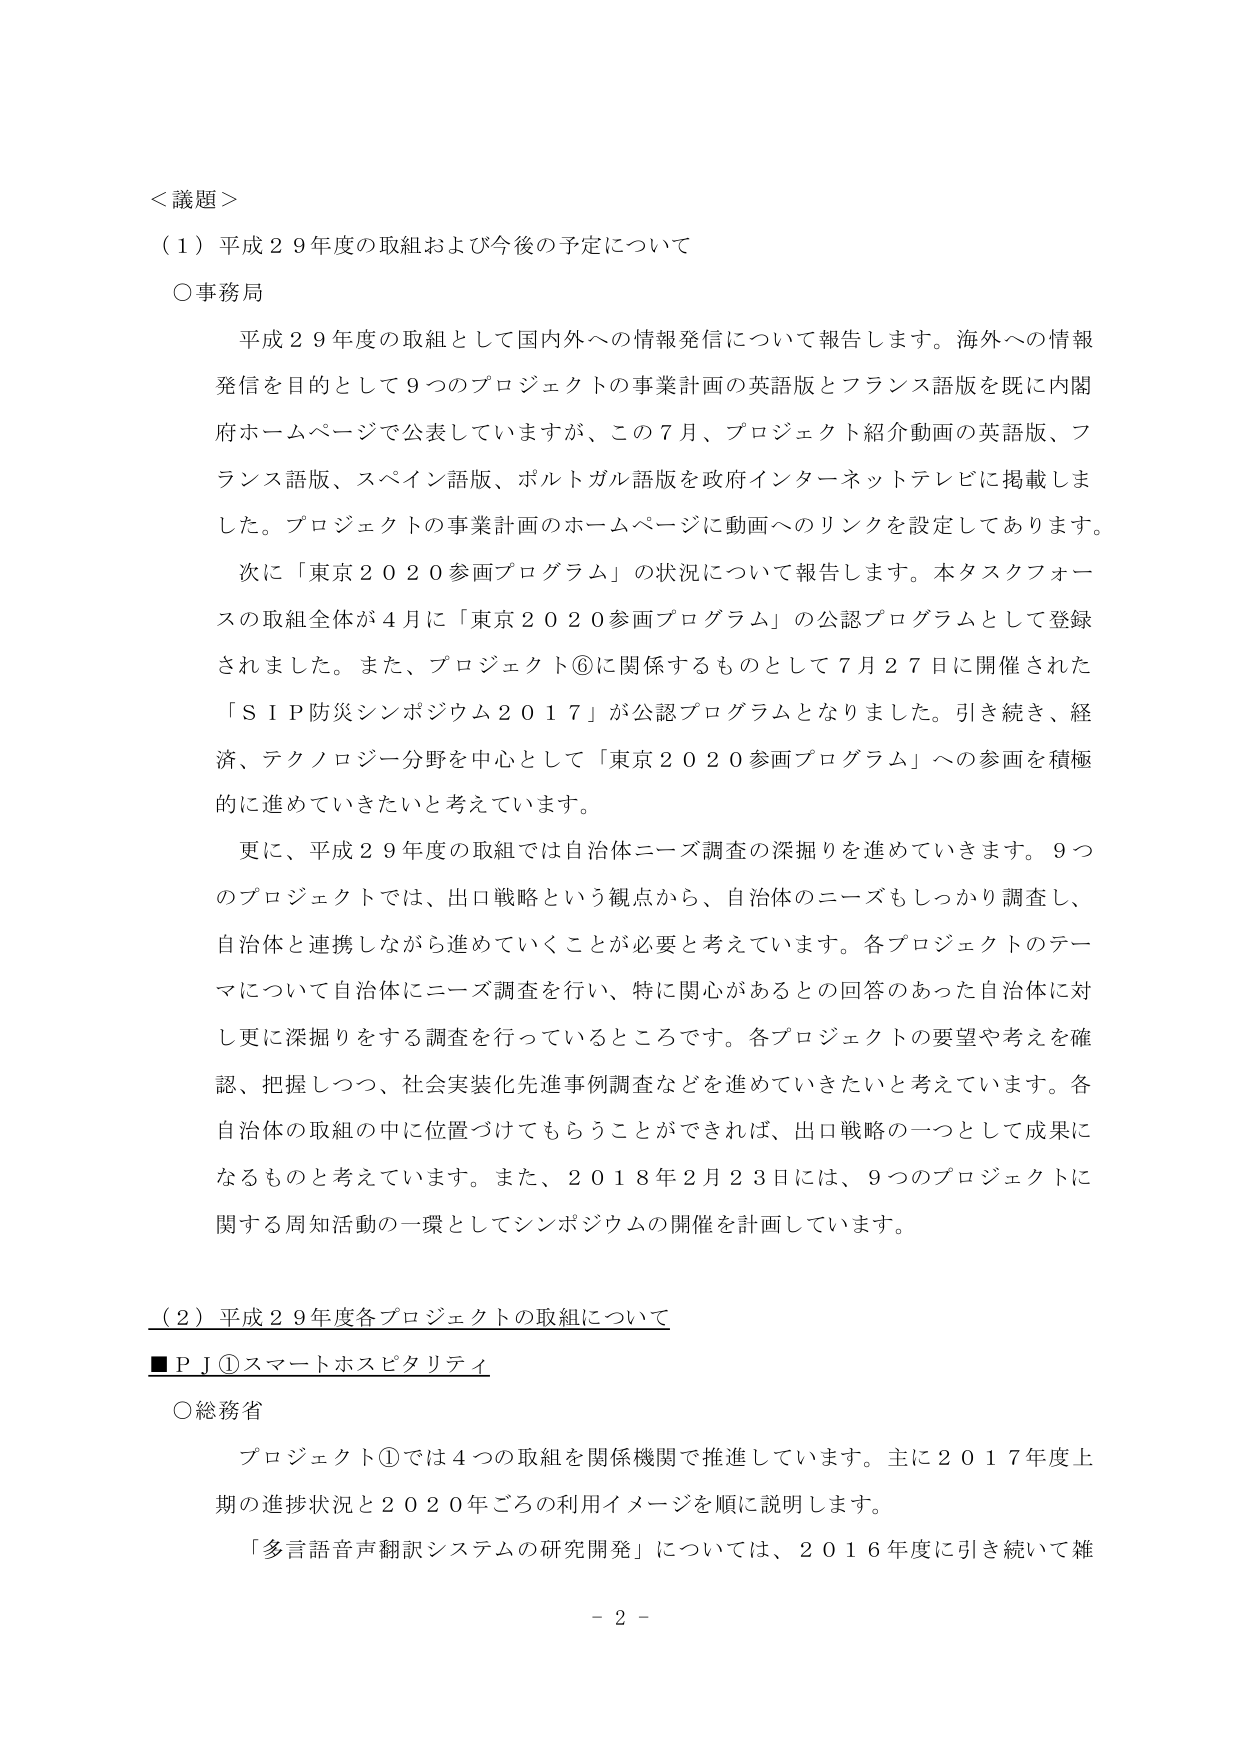
＜議題＞
（１）平成２９年度の取組および今後の予定について
○事務局
　平成２９年度の取組として国内外への情報発信について報告します。海外への情報発信を目的として９つのプロジェクトの事業計画の英語版とフランス語版を既に内閣府ホームページで公表していますが、この７月、プロジェクト紹介動画の英語版、フランス語版、スペイン語版、ポルトガル語版を政府インターネットテレビに掲載しました。プロジェクトの事業計画のホームページに動画へのリンクを設定しております。
　次に「東京２０２０参画プログラム」の状況について報告します。本タスクフォースの取組全体が４月に「東京２０２０参画プログラム」の公認プログラムとして登録されました。また、プロジェクト⑥に関係するものとして７月２７日に開催された「ＳＩＰ防災シンポジウム２０１７」が公認プログラムとなりました。引き続き、経済、テクノロジー分野を中心として「東京２０２０参画プログラム」への参画を積極的に進めていきたいと考えています。
　更に、平成２９年度の取組では自治体ニーズ調査の深掘りを進めていきます。９つのプロジェクトでは、出口戦略という観点から、自治体のニーズもしっかり調査し、自治体と連携しながら進めていくことが必要と考えています。各プロジェクトのテーマについて自治体にニーズ調査を行い、特に関心があるとの回答のあった自治体に対し更に深掘りをする調査を行っているところです。各プロジェクトの要望や考えを確認、把握しつつ、社会実装化先進事例調査などを進めていきたいと考えています。各自治体の取組の中に位置づけてもらうことができれば、出口戦略の一つとして成果になるものと考えています。また、２０１８年２月２３日には、９つのプロジェクトに関する周知活動の一環としてシンポジウムの開催を計画しています。

（２）平成２９年度各プロジェクトの取組について
■ＰＪ①スマートホスピタリティ
○総務省
　プロジェクト①では４つの取組を関係機関で推進しています。主に２０１７年度上期の進捗状況と２０２０年ごろの利用イメージを順に説明します。
　「多言語音声翻訳システムの研究開発」については、２０１６年度に引き続いて雑

－２－